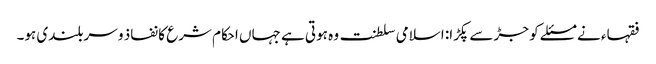
فقہاء نے مسئلے کو جڑ سے پکڑا: اسلامی سلطنت وہ ہوتی ہے جہاں احکام شرع کا نفاذ و سربلندی ہو۔